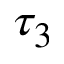
\tau _ { 3 }